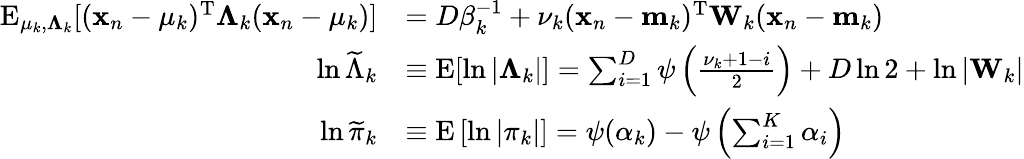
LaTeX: {\begin{array}{rl}{\operatorname{E}_{\mathbf{\mu}_{k},\mathbf{\Lambda}_{k}}[(\mathbf{x}_{n}-\mathbf{\mu}_{k})^{\mathrm{{T}}}\mathbf{\Lambda}_{k}(\mathbf{x}_{n}-\mathbf{\mu}_{k})]}&{=D\beta_{k}^{-1}+\nu_{k}(\mathbf{x}_{n}-\mathbf{m}_{k})^{\mathrm{{T}}}\mathbf{W}_{k}(\mathbf{x}_{n}-\mathbf{m}_{k})}\\ {\ln{\widetilde{\Lambda}}_{k}}&{\equiv\operatorname{E}[\ln|\mathbf{\Lambda}_{k}|]=\sum_{i=1}^{D}\psi\left({\frac{\nu_{k}+1-i}{2}}\right)+D\ln 2+\ln|\mathbf{W}_{k}|}\\ {\ln{\widetilde{\pi}}_{k}}&{\equiv\operatorname{E}\left[\ln|\pi_{k}|\right]=\psi(\alpha_{k})-\psi\left(\sum_{i=1}^{K}\alpha_{i}\right)}\end{array}}